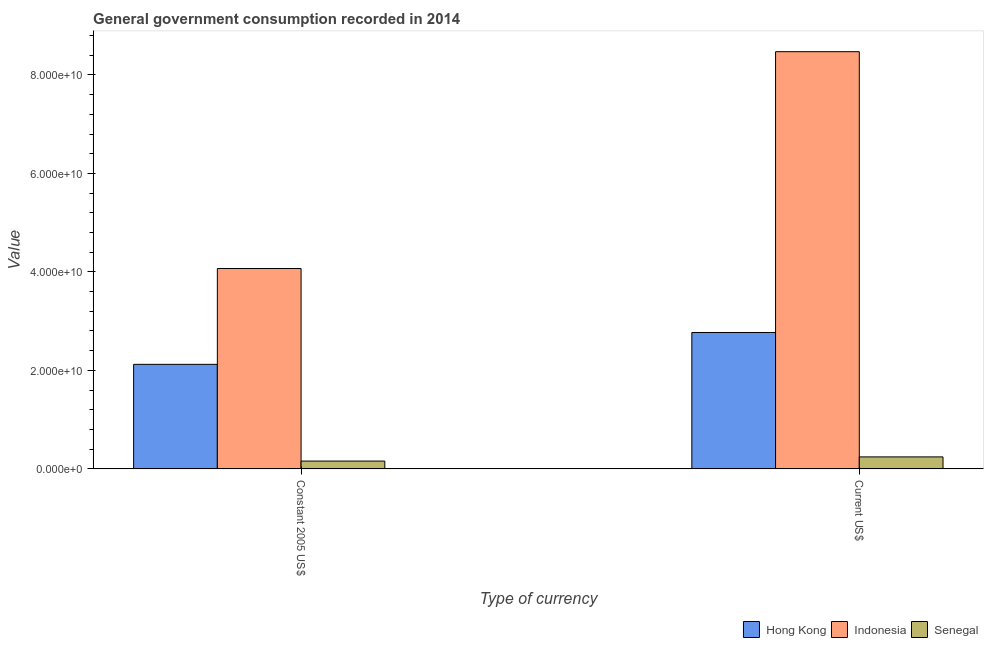
| Type of currency | Hong Kong | Indonesia | Senegal |
 | --- | --- | --- | --- |
 | Constant 2005 US$ | 2.12e+10 | 4.07e+10 | 1.58e+09 |
 | Current US$ | 2.77e+10 | 8.47e+10 | 2.43e+09 |